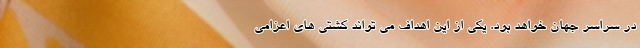
در سراسر جهان خواهد بود. یکی از این اهداف می تواند کشتی های اعزامی